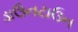
ડાઉનટાઉન